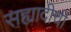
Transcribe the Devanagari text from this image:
सह्यादीची